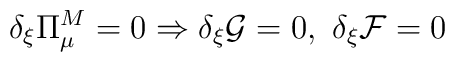
\delta_{\xi}\Pi^M_{\mu}=0 \Rightarrow \delta_{\xi}\mathcal{G}=0 , \ \delta_{\xi} \mathcal{F}=0